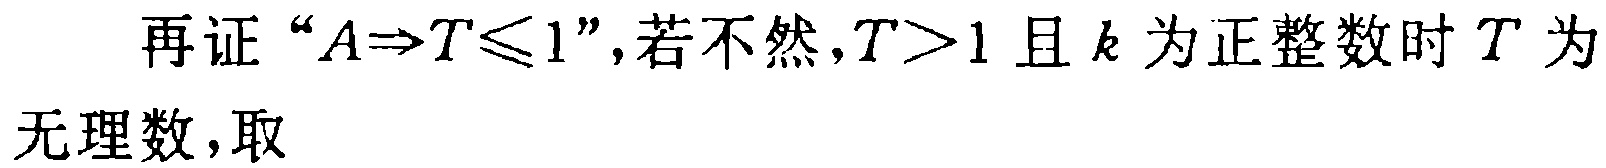
再证“\(A\Rightarrow T\leqslant1\)”，若不然，\(T > 1\)且\(k\)为正整数时\(T\)为无理数，取